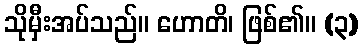
သိုမှီးအပ်သည်။ ဟောတိ၊ ဖြစ်၏။ (၃)